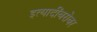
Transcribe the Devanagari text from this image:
इत्यादींबरोबर